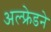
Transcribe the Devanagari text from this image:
अल्फ्रेडने